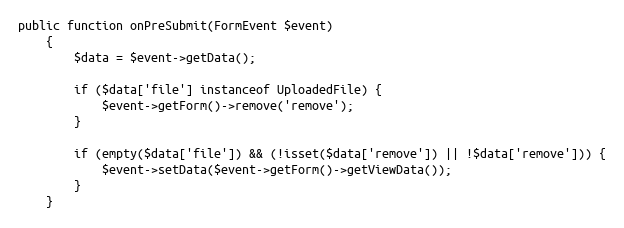
Language: PHP
public function onPreSubmit(FormEvent $event)
    {
        $data = $event->getData();

        if ($data['file'] instanceof UploadedFile) {
            $event->getForm()->remove('remove');
        }

        if (empty($data['file']) && (!isset($data['remove']) || !$data['remove'])) {
            $event->setData($event->getForm()->getViewData());
        }
    }